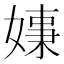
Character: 𡠑